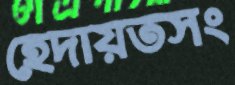
হেদায়তসং